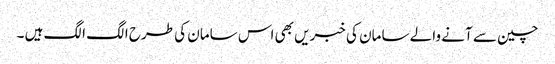
چین سے آنے والے سامان کی خبریں بھی اس سامان کی طرح الگ الگ ہیں ۔